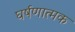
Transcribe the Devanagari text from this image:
घर्षणात्मक